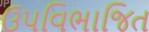
ઉપવિભાજિત